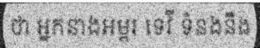
ថា អ្នកនាងអម្ពរ ទេវី ទំនងនឹង